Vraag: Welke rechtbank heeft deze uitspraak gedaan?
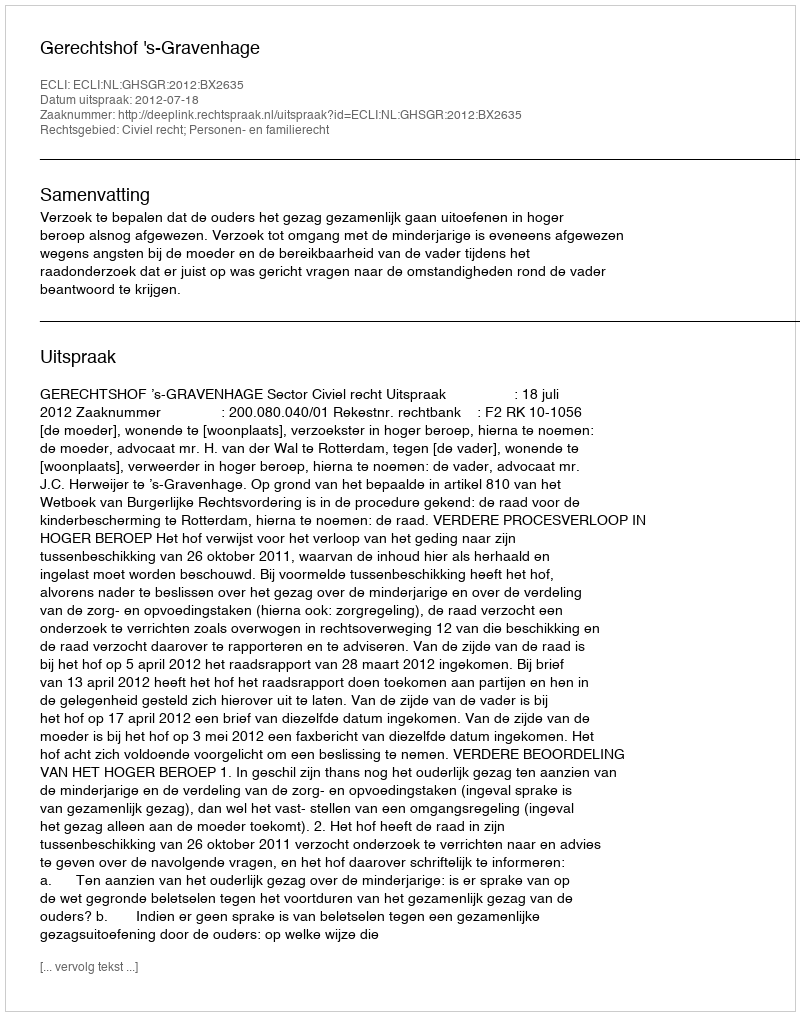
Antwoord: Gerechtshof 's-Gravenhage